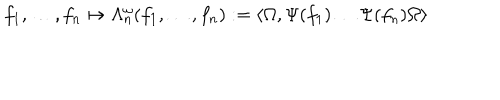
f _ { 1 } , \ldots , f _ { n } \mapsto \Lambda _ { n } ^ { \omega } ( f _ { 1 } , \ldots , f _ { n } ) : = \langle \Omega , \Psi ( f _ { 1 } ) \ldots \Psi ( f _ { n } ) \Omega \rangle